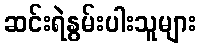
ဆင်းရဲနွမ်းပါးသူများ